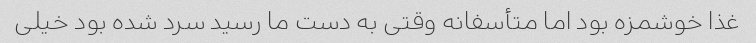
غذا خوشمزه بود اما متأسفانه وقتی به دست ما رسید سرد شده بود خیلی